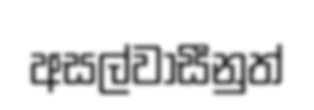
අසල්වාසීනුත්